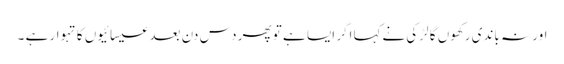
اور نہ باندی رکھوں گا لڑکی نےکہا اگر ایسا ہے تو پھر دس دن بعد عیسائیوں کا تہوار ہے ۔